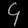
Digit: ၄